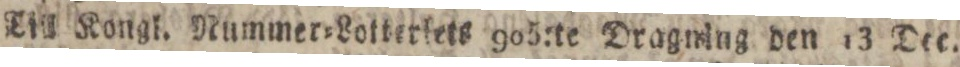
Till Kongl. Nummer=Lotterlets 905:te Dragning den 13 Dec.